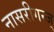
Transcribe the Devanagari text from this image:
नासरीगन्ज्